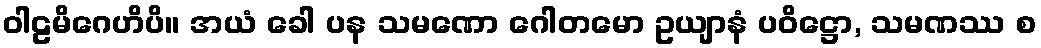
ဝါဠမိဂေဟိပိ။ အယံ ခေါ ပန သမဏော ဂေါတမော ဥယျာနံ ပဝိဋ္ဌော, သမဏဿ စ